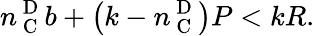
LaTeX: n_{\mathrm{~C~}}^{\mathrm{~D~}}b+\left(k-n_{\mathrm{~C~}}^{\mathrm{~D~}}\right)P<kR.